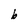
Character: b